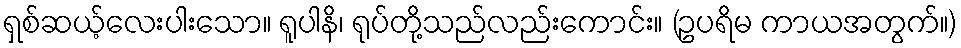
ရှစ်ဆယ့်လေးပါးသော။ ရူပါနိ၊ ရုပ်တို့သည်လည်းကောင်း။ (ဥပရိမ ကာယအတွက်။)